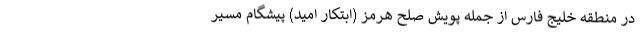
در منطقه خلیج فارس از جمله پویش صلح هرمز (ابتکار امید) پیشگام مسیر